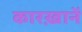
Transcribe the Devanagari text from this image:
कारख़ानें